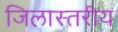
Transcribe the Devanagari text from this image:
जिलास्तरीय